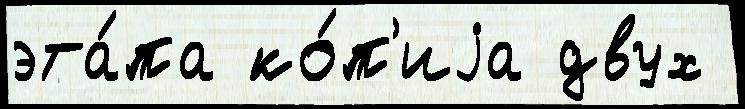
эта́па ко́п'иjа двух